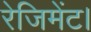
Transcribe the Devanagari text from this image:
रेजिमेंट।